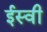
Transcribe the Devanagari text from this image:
र्इस्वी